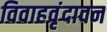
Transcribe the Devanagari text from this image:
विवाहवृंदावन